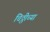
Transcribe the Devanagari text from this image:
चिठ्ठीच्या